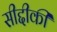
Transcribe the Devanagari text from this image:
सीद्दीकी